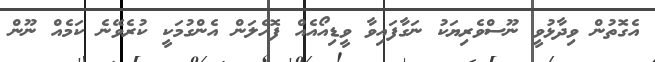
އެގޮތުން ވިދާޅުވީ ނޫސްވެރިޔަކު ނަގާފައިވާ ވީޑިއޯއެއް ފޮހެލަން އެންގުމަކީ ކުރެވޭނެ ކަމެއް ނޫން